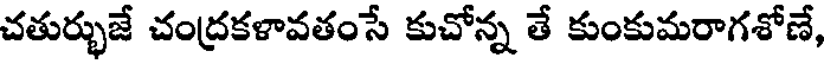
చతుర్భుజే చంద్రకళావతంసే కుచోన్న తే కుంకుమరాగశోణే,